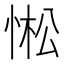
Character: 𢛒